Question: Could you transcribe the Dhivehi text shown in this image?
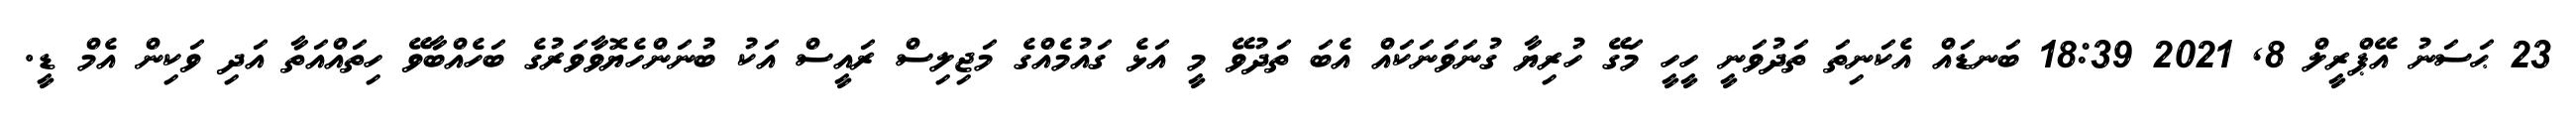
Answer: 23 ޙަސަނު އޭޕްރީލް 8, 2021 18:39 ބަނޑައް އެކަނިތަ ތަދުވަނީ ހީހީ މަގޭ ހުރިޔާ ގުނަވަނަކައް އެބަ ތަދުވޭ މީ އަޅެ ގައުމެއްގެ މަޖިލިސް ރައީސް އަކު ބުނަންހެޔޮވާވަރުގެ ބަހެއްބާވޭ ހިތައްއަތާ އަދި ވަކިން އެމް ޑީ.